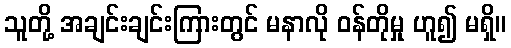
သူတို့ အချင်းချင်းကြားတွင် မနာလို ဝန်တိုမှု ဟူ၍ မရှိ။